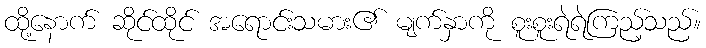
ထို့နောက် ဆိုင်ထိုင် အရောင်းသမား၏ မျက်နှာကို စူးစူးရဲရဲကြည့်သည်။